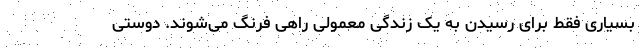
بسیاری فقط برای رسیدن به یک زندگی معمولی راهی فرنگ می‌شوند. دوستی